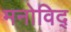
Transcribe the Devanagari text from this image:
मनोविद्